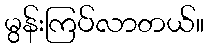
မွန်းကြပ်လာတယ်။